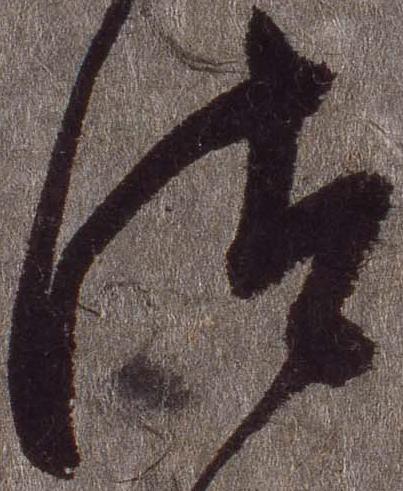
汰